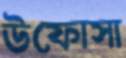
উফোসা